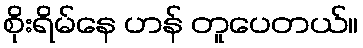
စိုးရိမ်နေ ဟန် တူပေတယ်။